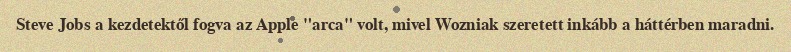
Steve Jobs a kezdetektől fogva az Apple "arca" volt, mivel Wozniak szeretett inkább a háttérben maradni.